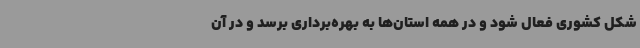
شکل کشوری فعال شود و در همه استان‌ها به بهره‌برداری برسد و در آن